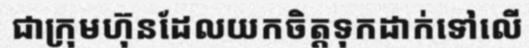
ជាក្រុមហ៊ុនដែលយកចិត្តទុកដាក់ទៅលើ